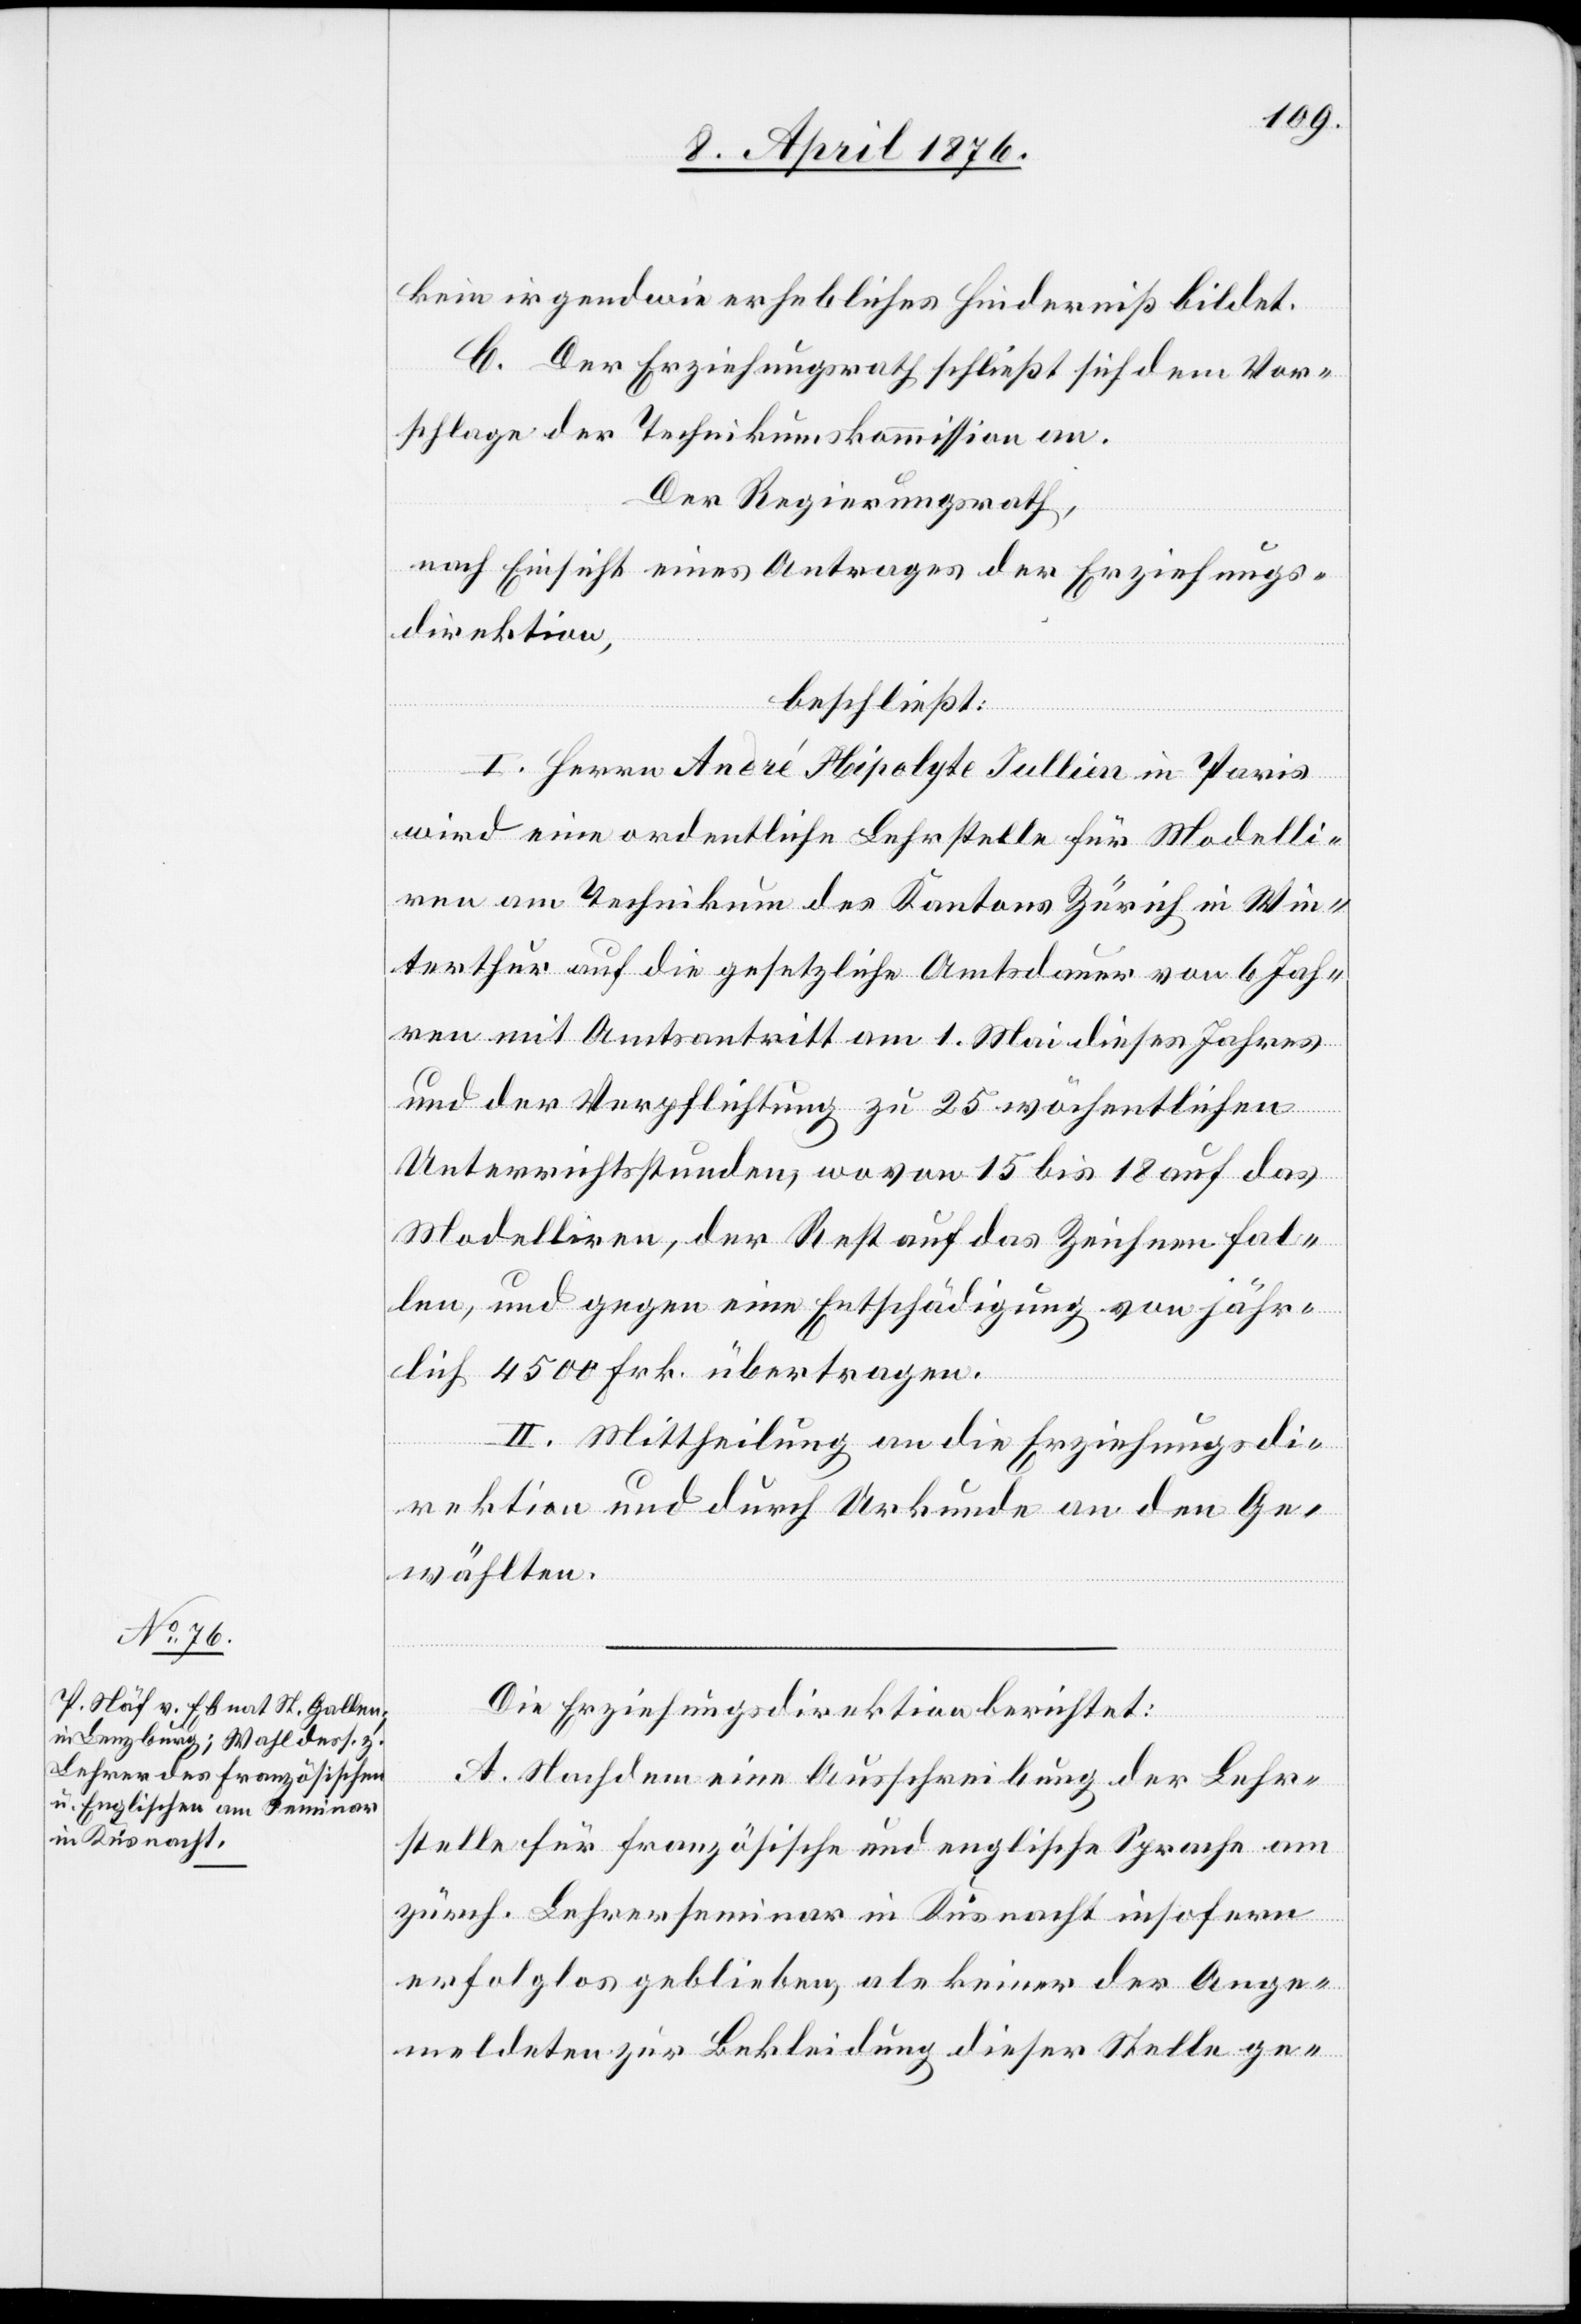
kein irgendwie erhebliches Hinderniß bildet.
C. Der Erziehungsrath schließt sich dem Vor¬
schlage der Technikumskommission an.
Der Regierungsrath,
nach Einsicht eines Antrages der Erziehungs¬
direktion,
beschließt:
I. Herrn André Hipolyte Jullien in Paris
wird eine ordentliche Lehrstelle für Modelli¬
ren am Technikum des Kantons Zürich in Win¬
terthur auf die gesetzliche Amtsdauer von 6 Jah¬
ren mit Amtsantritt am 1. Mai dieses Jahres
und der Verpflichtung zu 25 wöchentlichen
Unterrichtsstunden, wovon 13 bis 18 auf das
Modelliren, der Rest auf das Zeichnen fal¬
len, und gegen eine Entschädigung von jähr¬
lich 4500 Frk. übertragen.
II. Mittheilung an die Erziehungsdi¬
rektion und durch Urkunde an den Ge¬
wählten.
Die Erziehungsdirektion berichtet:
A. Nachdem eine Ausschreibung der Lehr¬
stelle für französische und englische Sprache am
zürch. Lehrerseminar in Küsnacht insofern
erfolglos geblieben, als keiner der Ange¬
meldeten zur Bekleidung dieser Stelle ge-